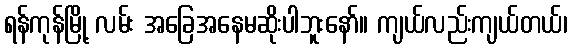
ရန်ကုန်မြို့ လမ်း အခြေအနေမဆိုးပါဘူးနော်။ ကျယ်လည်းကျယ်တယ်၊